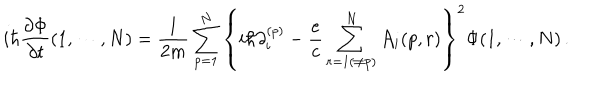
i \hbar { \frac { \partial \Phi } { \partial t } } ( 1 , \cdots , N ) = { \frac { 1 } { 2 m } } \sum _ { p = 1 } ^ { N } \left\{ i \hbar \partial _ { i } ^ { ( p ) } - { \frac { e } { c } } \sum _ { r = 1 ( \ne p ) } ^ { N } { \cal A } _ { i } ( p , r ) \right\} ^ { 2 } \Phi ( 1 , \cdots , N ) \, .